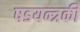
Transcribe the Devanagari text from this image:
षडयन्त्रकी